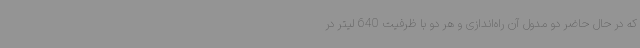
که در حال حاضر دو مدول آن راه‌اندازی و هر دو با ظرفیت 640 لیتر در